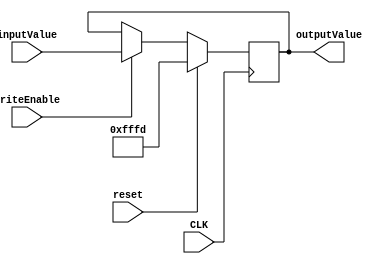
module register16SP(
input [15:0] inputValue,
input reset,
input CLK,
input writeEnable,
output [15:0] outputValue
);

reg [15:0] val;

assign outputValue = val;

always @ (posedge(CLK))
begin
	
	if (reset == 1) begin 
		val = 'hfffd;
	end 
	else begin
		if(writeEnable == 1) begin
			val = inputValue;
		end
		else begin
			val = val;
		end
	end
end

endmodule